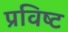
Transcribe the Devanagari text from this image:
प्रविष्‍ट